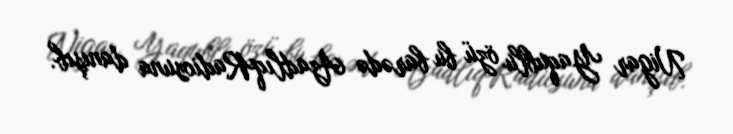
Nigar Yaqublu özü bu barədə AzadlıqRadiosuna danışıb.